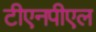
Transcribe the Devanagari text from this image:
टीएनपीएल